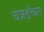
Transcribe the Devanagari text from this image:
चेन्नईच्‍या